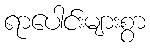
ရာပေါင်းများစွာ